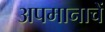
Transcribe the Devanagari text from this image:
अपमानाचें